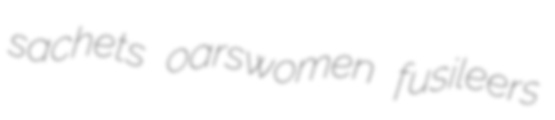
sachets oarswomen fusileers